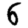
Digit: 6